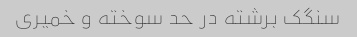
سنگک برشته در حد سوخته و خمیری